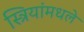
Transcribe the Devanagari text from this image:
स्त्रियांमधले